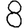
Digit: 8